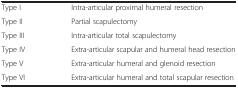
<table><thead><tr><td><b> </b></td><td><b> </b></td></tr></thead><tbody><tr><td>Type I</td><td>Intra-articular proximal humeral resection</td></tr><tr><td>Type II</td><td>Partial scapulectomy</td></tr><tr><td>Type III</td><td>Intra-articular total scapulectomy</td></tr><tr><td>Type IV</td><td>Extra-articular scapular and humeral head resection</td></tr><tr><td>Type V</td><td>Extra-articular humeral and glenoid resection</td></tr><tr><td>Type VI</td><td>Extra-articular humeral and total scapular resection</td></tr></tbody></table>